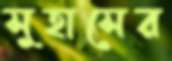
সুহাসের